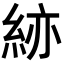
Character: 𥿹